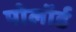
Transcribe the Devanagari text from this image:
पोलॉर्ड